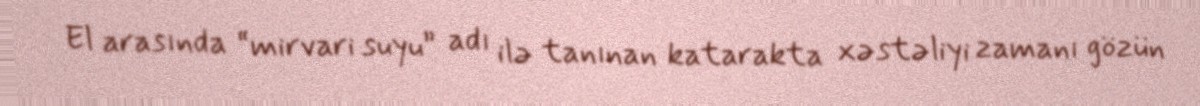
El arasında “mirvari suyu” adı ilə tanınan katarakta xəstəliyi zamanı gözün